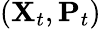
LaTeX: (\mathbf{X}_{t},\mathbf{P}_{t})